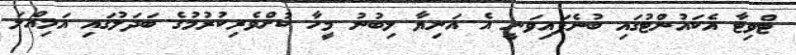
ޓްވިޓާ އެކައުންޓުގައި ބުނެފައިވަނީ އެ އަނިޔާ ލިބުނު މީހާ ކުށްވެރިކުރުމުގެ ބަދަލުގައި އަމިއްލަ